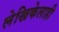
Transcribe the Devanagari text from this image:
लेखिकेलाही